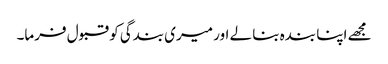
مجھے اپنا بندہ بنا لے اور میری بندگی کو قبول فرما۔